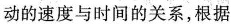
动的速度与时间的关系，根据